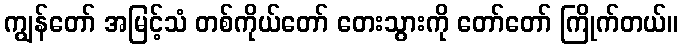
ကျွန်တော် အမြင့်သံ တစ်ကိုယ်တော် တေးသွားကို တော်တော် ကြိုက်တယ်။